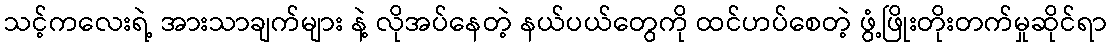
သင့်ကလေးရဲ့ အားသာချက်များ နဲ့ လိုအပ်နေတဲ့ နယ်ပယ်တွေကို ထင်ဟပ်စေတဲ့ ဖွံ့ဖြိုးတိုးတက်မှုဆိုင်ရာ